Annual report on the Civil Veterinary Department, Burma (including the Insein Veterinary School) - 1923-1931
Year: 1923
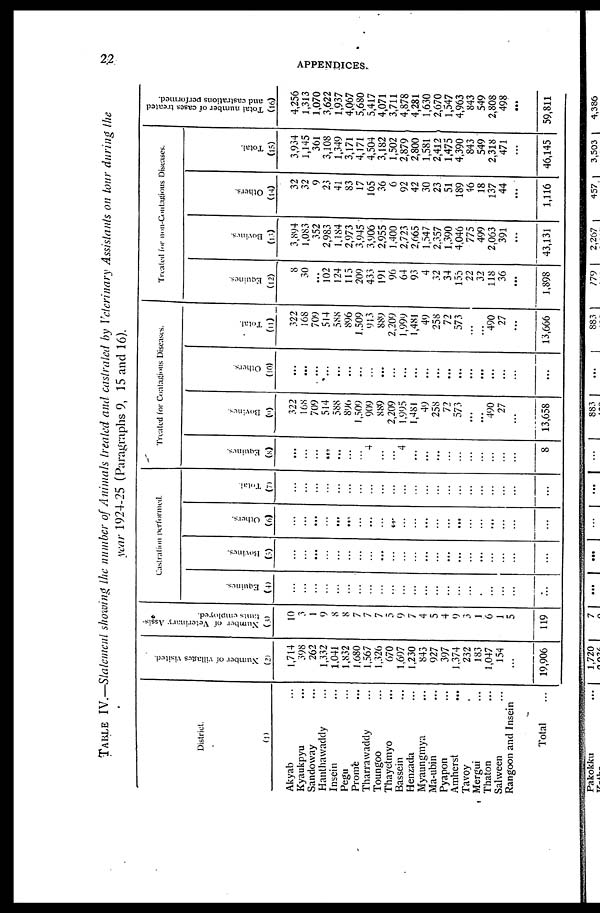
22
APPENDICES.
TABLE IV.—Statement showing the number of Animals treated and castrated by Veterinary Assistants on tour during the
year 1924-25 (Paragraphs 9, 15 and 16).
District.
(1)
Akyab ...
Kyaukpyu ...
Sandoway ...
Hanthawaddy ...
Insein ...
Pegu ...
Prome ...
Tharrawaddy ...
Toungoo ...
Thayetmyo ...
Bassein ...
Henzada ...
Myaungmya ...
Ma-ubin ...
Pyapon ...
Amherst
...
Tavoy .
Mergui ...
Thaton ...
Salween ...
Rangoon and Insein
Total ...
Number of villages visited.
(2)
1,714
398
262
1,332
1,041
1 ,832
1,680
1,567
1,326
670
1,697
1,230
843
927
397
1,374
232
183
1,047
154
...
19,906
Number of Veterinary Assis-
tants
employed.
(3)
10
3
1
9
8
8
7
7
7
5
9
7
4
5
4
9
3
1
6
1
5
119
Castration performed.
Equines.
(4)
...
...
...
...
...
...
...
...
...
...
...
...
...
...
...
...
...
.
...
...
...
...
Bovines.
(5)
...
...
...
...
...
...
...
...
...
...
...
...
...
...
...
...
...
...
...
...
...
...
Others.
(6)
...
...
...
...
...
...
...
...
...
...
...
...
...
...
...
...
...
...
...
...
...
...
Tolal.
(7)
...
...
...
...
...
...
...
...
...
...
...
...
...
...
...
...
...
...
...
...
...
...
Treated for Contagious Diseases.
Equines.
(8)
...
...
...
...
...
...
...
4
...
4
...
...
...
...
...
...
...
...
...
...
8
Bovines
(9)
322
168
709
514
588
890
1,509
909
889
2,209
1,995
1,481
49
258
72
573
...
...
490
27
...
13,658
Others.
(10)
...
...
...
...
...
...
...
...
...
...
...
...
...
...
...
...
...
...
...
...
...
Total.
(11)
322
168
709
514
588
896
1,509
913
889
2,209
1,999
1,481
49
258
72
573
...
...
490
27
...
13,666
Treated for non-Contagious Diseases.
Equines.
(12)
8
30
...
102
124
115
209
433
191
96
64
93
4
32
34
155
22
32
118
36
...
1,898
Bovines.
(13)
3,894
1,083
352
2,983
1,184
2,973
3,945
3,906
2,955
1,400
2,723
2,665
1,547
2,357
1,390
4,046
775
499
2,063
391
...
43,131
Others.
(14)
32
32
9
23
41
83
17
165
36
6
92
42
30
23
51
189
46
18
137
44
...
1,116
Total.
(15)
3,934
1,145
361
3,108
1,349
3,171
4,171
4,504
3,182
1,502
2,879
2,800
1,581
2,412
1,475
4,390
843
549
2,318
471
...
46,145
Total number of cases treated
and castrations performed.
(16)
4,256
1,313
1,070
3,622
1,937
4,067
5,680
5,417
4,071
3,711
4,878
4,281
1,630
2,670
1,547
4,963
843
549
2,808
498
...
59,811